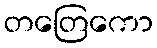
တတြေကော